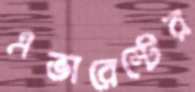
এভারেস্টের